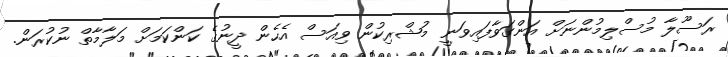
ރަސޫލާ މުސްލިމުންނަށް އަންގަވާފައިވަނީ މުޝްރިކުން ވިއަސް އެހެން ދީނުގެ ކަންކަމަށް މަލާމާތް ނުކުރަން.